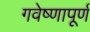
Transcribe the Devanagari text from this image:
गवेष्णापूर्ण